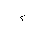
Letter: _hamza